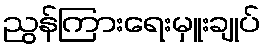
ညွန်ကြားရေးမှူးချုပ်